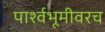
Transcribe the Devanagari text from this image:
पार्श्वभूमीवरच